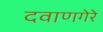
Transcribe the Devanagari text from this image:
दवाणगेरे